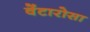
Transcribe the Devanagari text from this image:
वेंटारोसा